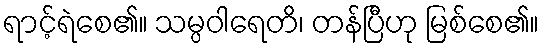
ရာင့်ရဲစေ၏။ သမ္ပဝါရေတိ၊ တန်ပြီဟု မြစ်စေ၏။